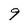
Character: 9